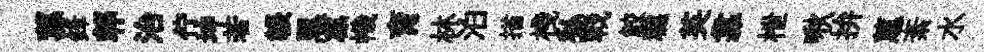
蓀鋒郫治佇坤若韔黒凛幟育林泊描棧私戰鮫糕英靠枻啾拚蕙紊水